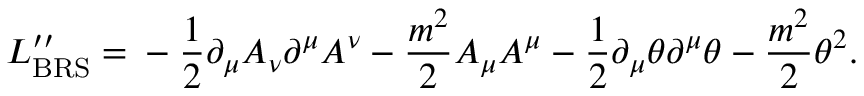
L _ { \mathrm { B R S } } ^ { \prime \prime } = \mathrm { } - \frac { 1 } { 2 } \partial _ { \mu } A _ { \nu } \partial ^ { \mu } A ^ { \nu } - \frac { m ^ { 2 } } { 2 } A _ { \mu } A ^ { \mu } - \frac { 1 } { 2 } \partial _ { \mu } \theta \partial ^ { \mu } \theta - \frac { m ^ { 2 } } { 2 } \theta ^ { 2 } .